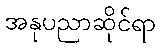
အနုပညာဆိုင်ရာ